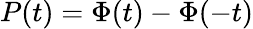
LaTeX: P(t)=\Phi(t)-\Phi(-t)